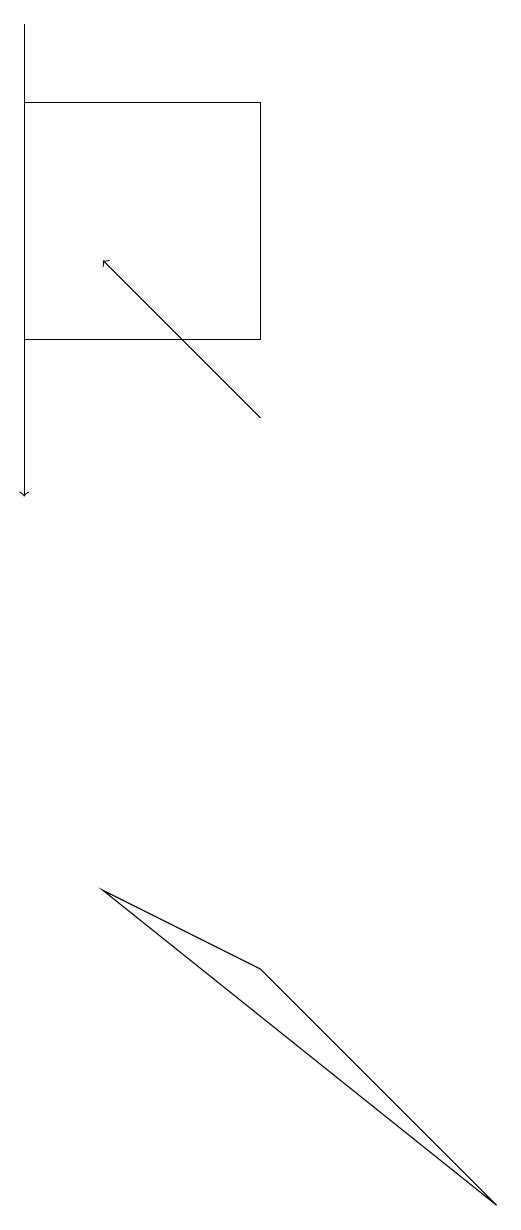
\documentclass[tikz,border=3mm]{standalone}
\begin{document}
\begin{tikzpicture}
\draw[->] (4,12) -- (2,14);
\draw (7,2) -- (2,6) -- (4,5) -- cycle;
\draw (4,13) rectangle (1,16);
\draw[->] (1,17) -- (1,11);
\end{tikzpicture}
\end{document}